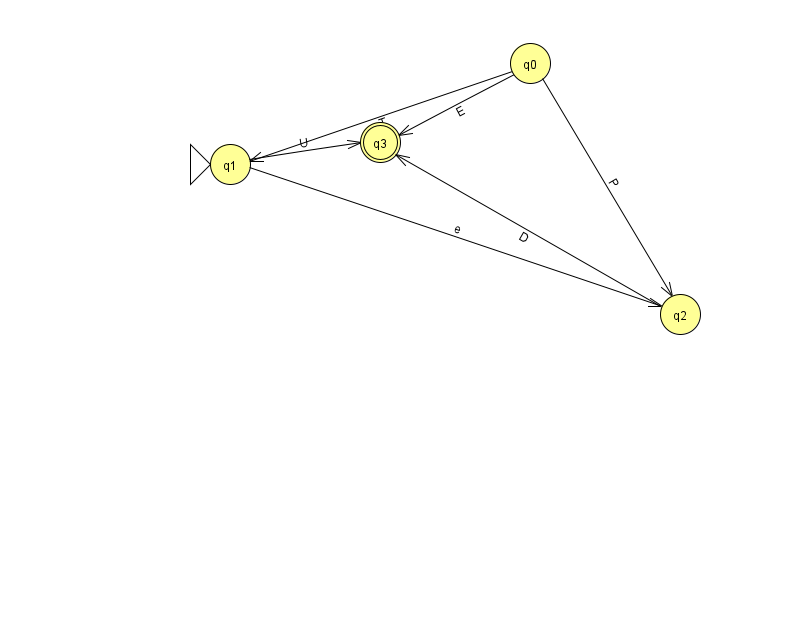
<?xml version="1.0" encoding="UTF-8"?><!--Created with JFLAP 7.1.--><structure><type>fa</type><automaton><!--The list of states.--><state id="0" name="q0"><x>530.0</x><y>50.0</y></state><state id="1" name="q1"><x>230.0</x><y>151.0</y><initial/></state><state id="2" name="q2"><x>680.0</x><y>301.0</y></state><state id="3" name="q3"><x>380.0</x><y>129.0</y><final/></state><!--The list of transitions.--><transition><from>1</from><to>2</to><read>e</read></transition><transition><from>0</from><to>2</to><read>P</read></transition><transition><from>0</from><to>1</to><read>T</read></transition><transition><from>1</from><to>3</to><read>U</read></transition><transition><from>2</from><to>3</to><read>D</read></transition><transition><from>0</from><to>3</to><read>E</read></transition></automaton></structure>